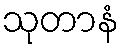
သုတာနံ